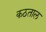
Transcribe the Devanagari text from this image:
कठताल